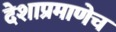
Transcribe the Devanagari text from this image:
देशाप्रमाणेच